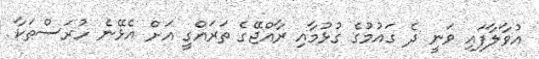
އުވާލާފައި ވަނީ ދެ ގައުމުގެ ގުޅުމާއި ރާއްޖޭގެ ތަރައްގީ އަށް އެޅޭނެ ހުރަސްތަކާ